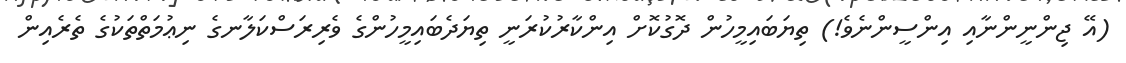
(އޭ ޖިންނީންނާއި އިންސީންނެވެ!) ތިޔަބައިމީހުން ދޮގުކޮށް އިންކާރުކުރަނީ ތިޔަދެބައިމީހުންގެ ވެރިރަސްކަލާނގެ ނިޢުމަތްތަކުގެ ތެރެއިން